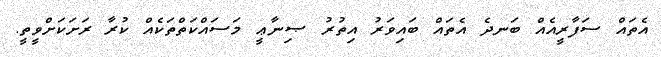
އެތައް ސަފާރީއެއް ބަނދެ އެތައް ބައިވަރު އިތުރު ޞިނާޢީ މަސައްކަތްތަކެއް ކުރާ ރަށަކަށްވީތީ.